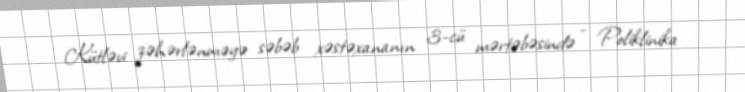
Kütləvi zəhərlənməyə səbəb xəstəxananın 3-cü mərtəbəsində - Poliklinika